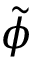
\Tilde { \phi }